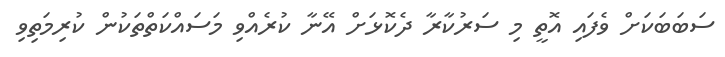
ސަބަބަކަށް ވެފައި އޮތީ މި ސަރުކާރާ ދެކޮޅަށް އޭނާ ކުރެއްވި މަސައްކަތްތަކުން ކުރިމަތިވި